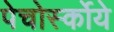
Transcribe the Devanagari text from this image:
पेचोर्स्कोये